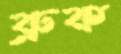
ব্রুক